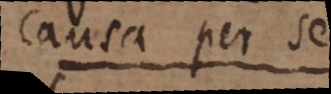
causa per se